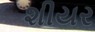
શીયર